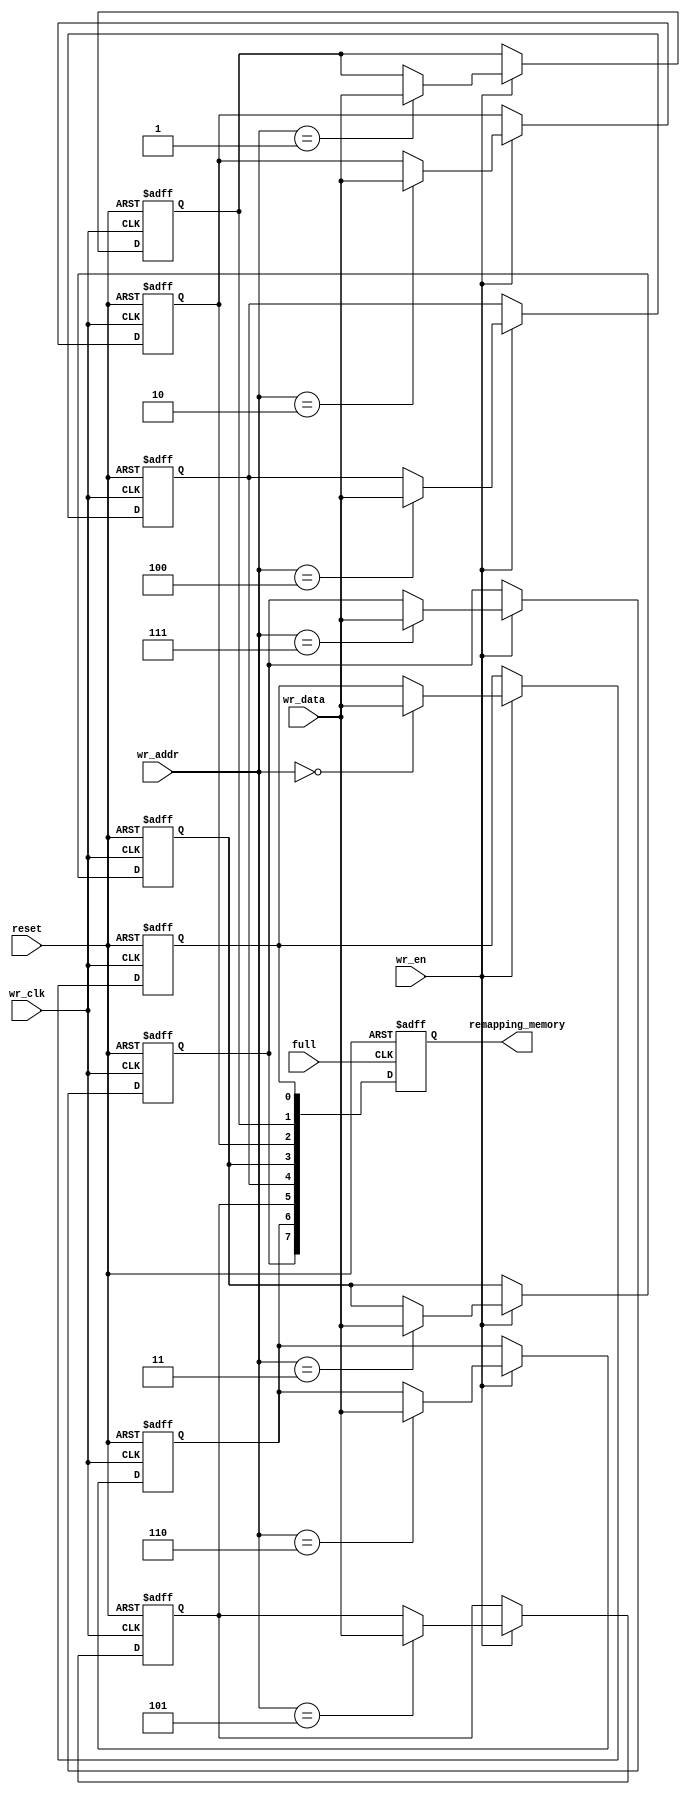
module wr_memory ( wr_data, wr_clk, wr_en, wr_addr,
                   remapping_memory,
                   full,
                   reset );
    /* Parameters */
    parameter WR_DATA_WIDTH = 1;
    parameter WR_ADDR_WIDTH = 3;
    parameter MEM_DEPTH = 8;
    /* Ports */
    input wire [WR_DATA_WIDTH - 1 : 0] wr_data;
    input wire [WR_ADDR_WIDTH - 1 : 0] wr_addr;
    input wire                         wr_clk, wr_en;
    input wire full;
    output reg  [MEM_DEPTH - 1 : 0] remapping_memory;
    input wire reset;
    /* Variables */
    reg [WR_DATA_WIDTH - 1 : 0] memory [MEM_DEPTH - 1 : 0];
    integer i;
    /* Behavioral */
    always @(posedge wr_clk or posedge reset) begin
        if(reset)
            for(i = 0; i < MEM_DEPTH; i = i + 1)
                memory[i] <= 0;
        else
            if(wr_en)
                memory[wr_addr] <= wr_data;
    end
    always @(posedge full or posedge reset) begin
        if(reset)
            remapping_memory <= 0;
        else
            for(i = 0; i < MEM_DEPTH; i = i + 1)
                remapping_memory[i] <= memory[i];
    end
endmodule